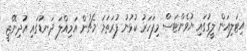
އިޓަލިއަން ލީގުގައި ޔުވެންޓަސް މިފަހަރު ކުޅުނު ފުރަތަމަ މެޗުން އަމިއްލަ ދަނޑުގައި އުދިނޭޒީ